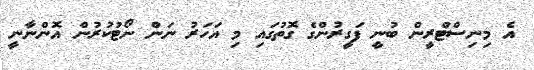
އެ މިނިސްޓްރީން ބުނީ ފަގީރުންގެ ގޮތުގައި މި އަހަރު ނަން ނޯޓުކުރުން އޮންނާނީ